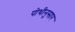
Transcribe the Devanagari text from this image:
पोथीनुसार